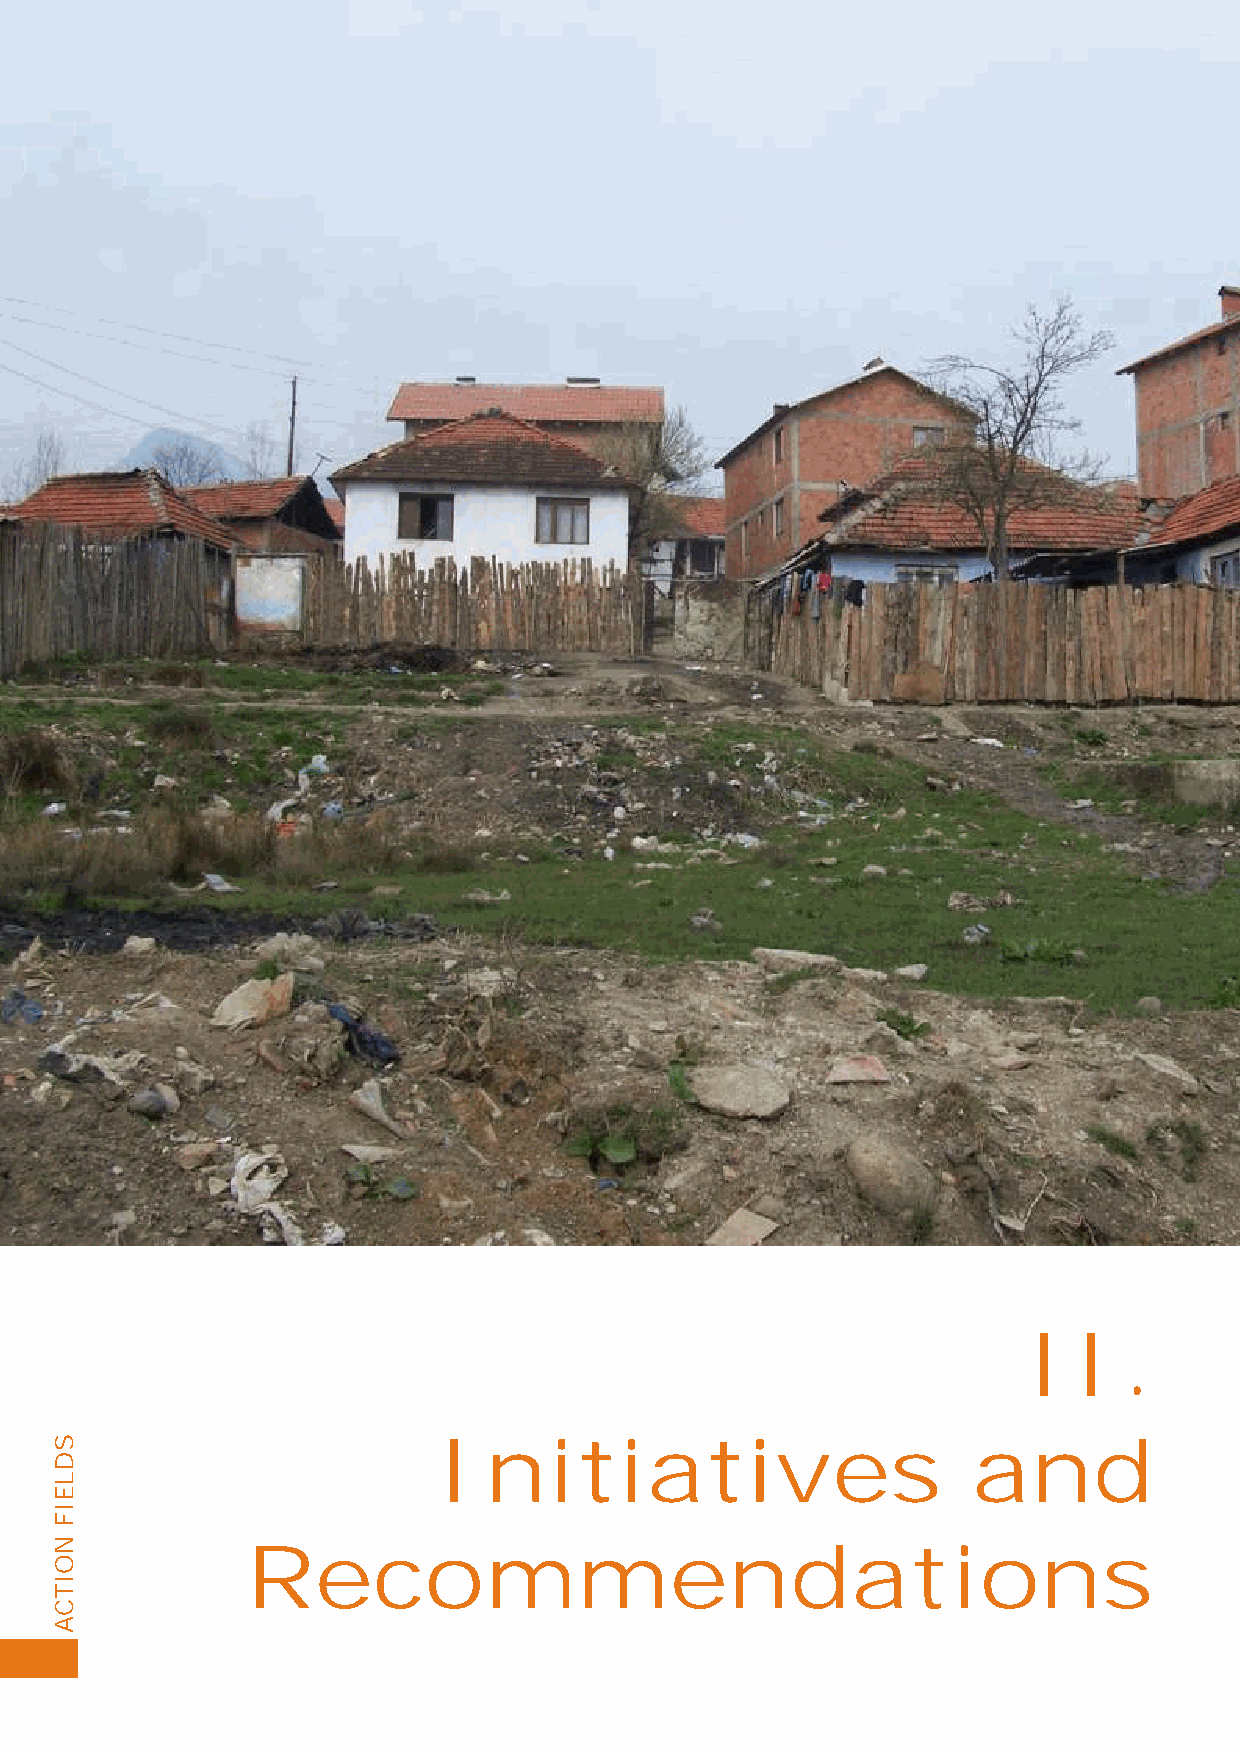
II.
 Initiatives                        and
 Recommendations
 4
 SDLEIF
 NOITCA